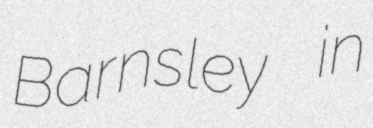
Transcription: Barnsley in